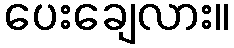
ပေးချေလား။